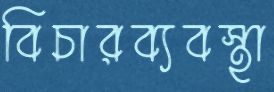
বিচারব্যবস্থা